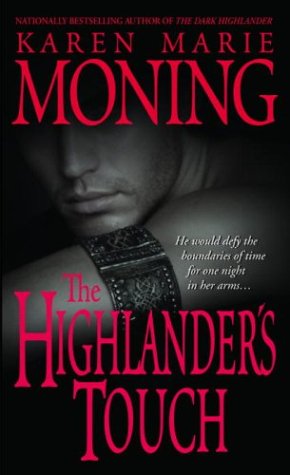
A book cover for The Highlander's Touch (Highlander, Book 3); Karen Marie Moning; Romance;